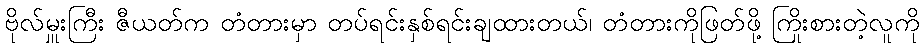
ဗိုလ်မှူးကြီး ဇီယတ်က တံတားမှာ တပ်ရင်းနှစ်ရင်းချထားတယ်၊ တံတားကိုဖြတ်ဖို့ ကြိုးစားတဲ့လူကို